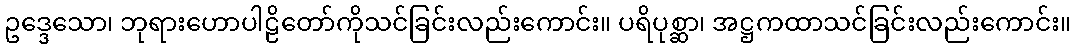
ဥဒ္ဒေသော၊ ဘုရားဟောပါဠိတော်ကိုသင်ခြင်းလည်းကောင်း။ ပရိပုစ္ဆာ၊ အဋ္ဌကထာသင်ခြင်းလည်းကောင်း။